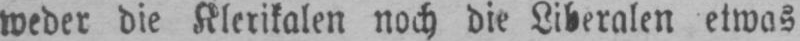
weder die Klerikalen noch die Liberalen etwas